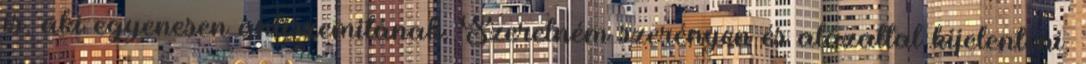
is, aki egyenesen antiszemitának. Szeretném szerényen és alázattal kijelenteni,